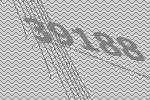
39188